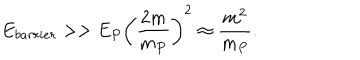
E _ { b a r r i e r } > > E _ { P } \left( { \frac { 2 m } { m _ { P } } } \right) ^ { 2 } \approx { \frac { m ^ { 2 } } { m _ { P } } } .